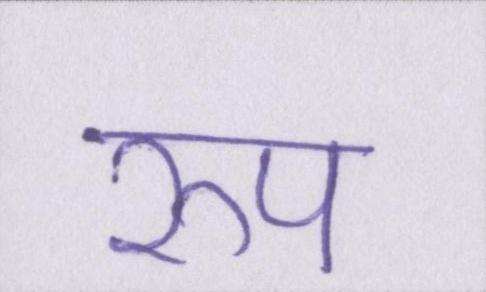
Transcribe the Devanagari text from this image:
रुप